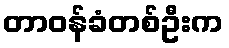
တာဝန်ခံတစ်ဦးက